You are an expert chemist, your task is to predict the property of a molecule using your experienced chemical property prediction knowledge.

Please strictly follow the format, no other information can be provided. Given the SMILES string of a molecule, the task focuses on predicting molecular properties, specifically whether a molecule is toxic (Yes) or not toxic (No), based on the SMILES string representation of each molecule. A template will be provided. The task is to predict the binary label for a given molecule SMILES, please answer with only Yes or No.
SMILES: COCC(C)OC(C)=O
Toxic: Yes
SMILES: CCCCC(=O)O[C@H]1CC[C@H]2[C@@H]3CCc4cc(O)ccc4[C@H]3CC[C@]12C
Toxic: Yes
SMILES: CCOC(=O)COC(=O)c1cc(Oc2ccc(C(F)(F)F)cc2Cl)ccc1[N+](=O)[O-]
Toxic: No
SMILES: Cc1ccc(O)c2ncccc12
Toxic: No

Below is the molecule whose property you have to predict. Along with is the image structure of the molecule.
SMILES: C[C@]12C[C@H](O)[C@H]3[C@@H](CCC4=CC(=O)CC[C@@]43C)[C@@H]1CC[C@]2(O)C(=O)CO
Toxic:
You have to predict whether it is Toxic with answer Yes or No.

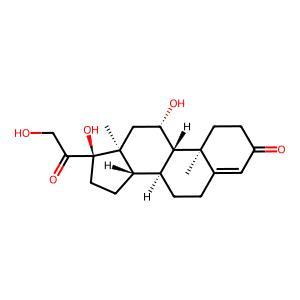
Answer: Yes